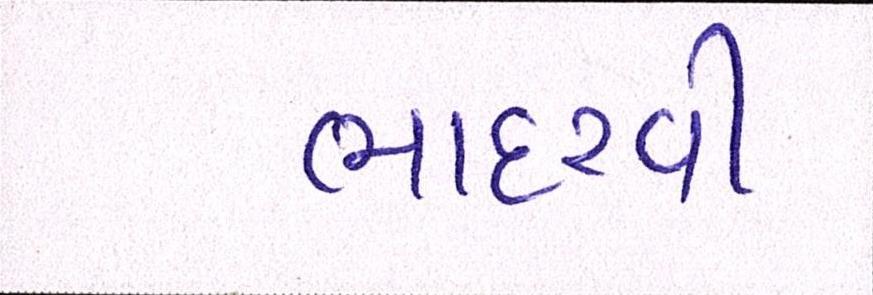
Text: ભાદરવી